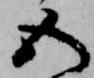
五